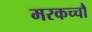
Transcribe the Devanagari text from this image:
मरकच्चौ